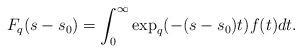
LaTeX: \begin{align*} F_{q}(s-s_{0}) = \int_{0}^{\infty} \exp_{q}(-(s-s_{0})t) f(t) dt. \end{align*}